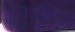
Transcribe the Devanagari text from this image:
बिटटॉरेंटने